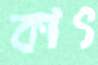
কাৎ